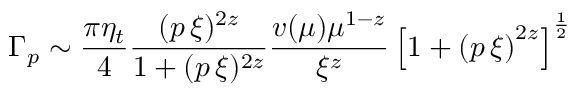
\Gamma _ { p } \sim \frac { \pi \eta _ { t } } { 4 } \frac { ( p \, \xi ) ^ { 2 z } } { 1 + ( p \, \xi ) ^ { 2 z } } \frac { v ( \mu ) \mu ^ { 1 - z } } { \xi ^ { z } } \left[ 1 + \left( p \, \xi \right) ^ { 2 z } \right] ^ { \frac { 1 } { 2 } }